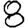
Digit: 8